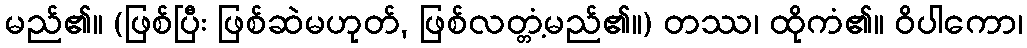
မည်၏။ (ဖြစ်ပြီး ဖြစ်ဆဲမဟုတ်, ဖြစ်လတ္တံ့မည်၏။) တဿ၊ ထိုကံ၏။ ဝိပါကော၊